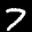
Label: 7